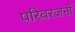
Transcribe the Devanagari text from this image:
परिवरजनों